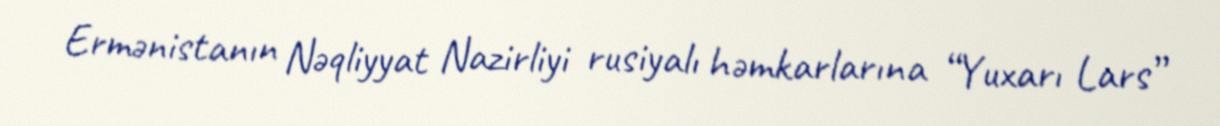
Ermənistanın Nəqliyyat Nazirliyi rusiyalı həmkarlarına “Yuxarı Lars”